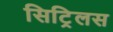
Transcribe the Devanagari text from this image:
सिट्रिलस